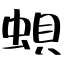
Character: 蛽